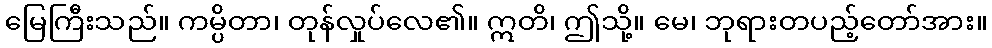
မြေကြီးသည်။ ကမ္ပိတာ၊ တုန်လှုပ်လေ၏။ ဣတိ၊ ဤသို့။ မေ၊ ဘုရားတပည့်တော်အား။